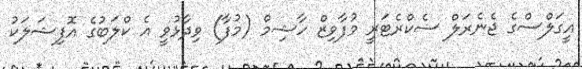
އީގަލްސްގެ ޖެނެރަލް ސެކްރެޓަރީ މުފާވިޒް ހާޝިމް (މުފާ) ވިދާޅުވީ އެ ކްލަބުގެ އޮފިޝަލަކު